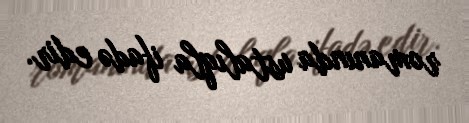
romanında ustalıqla ifadə edir.